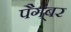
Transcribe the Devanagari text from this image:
पैग्ंबर